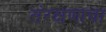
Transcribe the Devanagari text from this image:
संरक्षणाचा